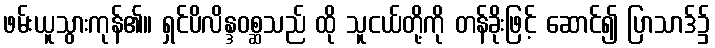
ဖမ်းယူသွားကုန်၏။ ရှင်ပိလိန္ဒဝစ္ဆသည် ထို သူငယ်တို့ကို တန်ခိုးဖြင့် ဆောင်၍ ပြာသာဒ်၌